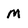
Character: M